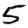
Digit: 5